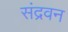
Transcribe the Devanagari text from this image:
संद्रवन